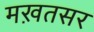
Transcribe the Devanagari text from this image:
मख़तसर